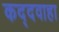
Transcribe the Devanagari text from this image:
कद्दवाहा